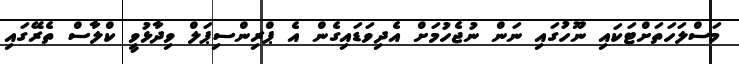
މަސްލަހަތަށްޓަކައި ނޫހުގައި ނަން ނުޖެހުމަށް އެދިވަޑައިގެން އެ ޕްރިންސިޕަލް ވިދާޅުވީ ކްލާސް ތެރޭގައި